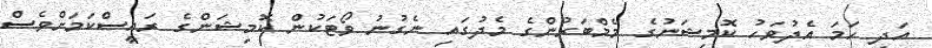
އަދި ހަމަ އެދުވަހު ކޮމިޝަނުގެ މެމްބަރުންގެ މެދުގައި ނެގުނު ވޯޓަކުން ކޮމިޝަންގެ ރައީސްކަމަށްވެސް